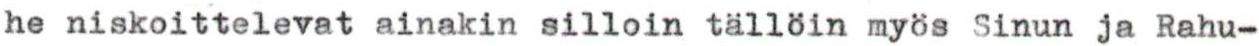
he niskoittelevat ainakin silloin tällöin myös Sinun ja Rahu-